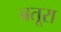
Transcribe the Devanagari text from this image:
बतूरा